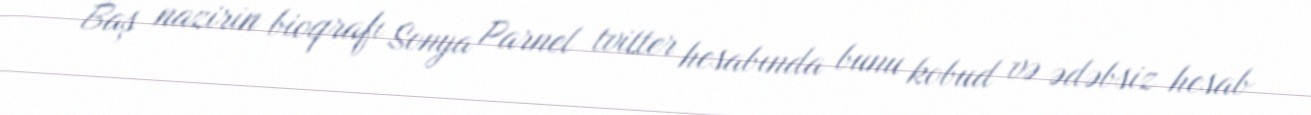
Baş nazirin bioqrafı Sonya Parnel tvitter hesabında bunu kobud və ədəbsiz hesab